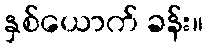
နှစ်ယောက် ခန်း။